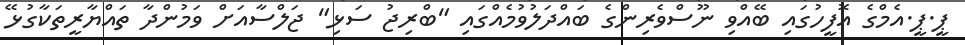
ޕީ.ޕީ.އެމްގެ އޮފީހުގައި ބޭއްވި ނޫސްވެރިންގެ ބައްދަލުވުމެއްގައި "ބްރިޖު ސަޅި" ޖަލްސާއަށް ވަމުންދާ ތައްޔާރީތަކާގުޅޭ